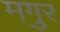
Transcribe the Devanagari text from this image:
मगुर